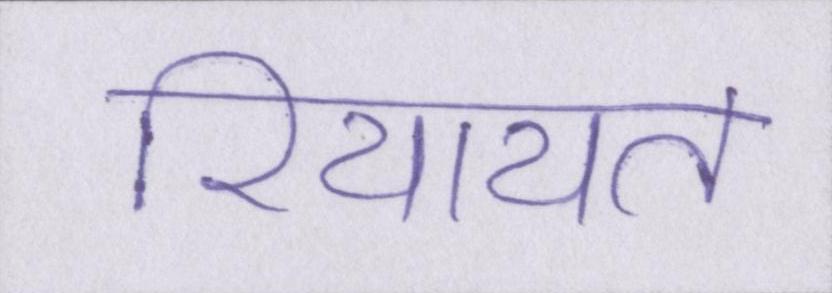
रियायत